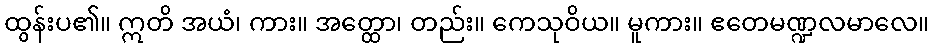
ထွန်းပ၏။ ဣတိ အယံ၊ ကား။ အတ္ထော၊ တည်း။ ကေသုဝိယ။ မူကား။ ဧတေမဏ္ဍလမာလေ။